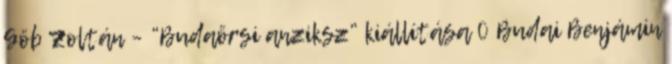
Göb Zoltán – “Budaörsi anziksz” kiállítása 0 Budai Benjámin